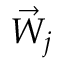
\vec { W } _ { j }